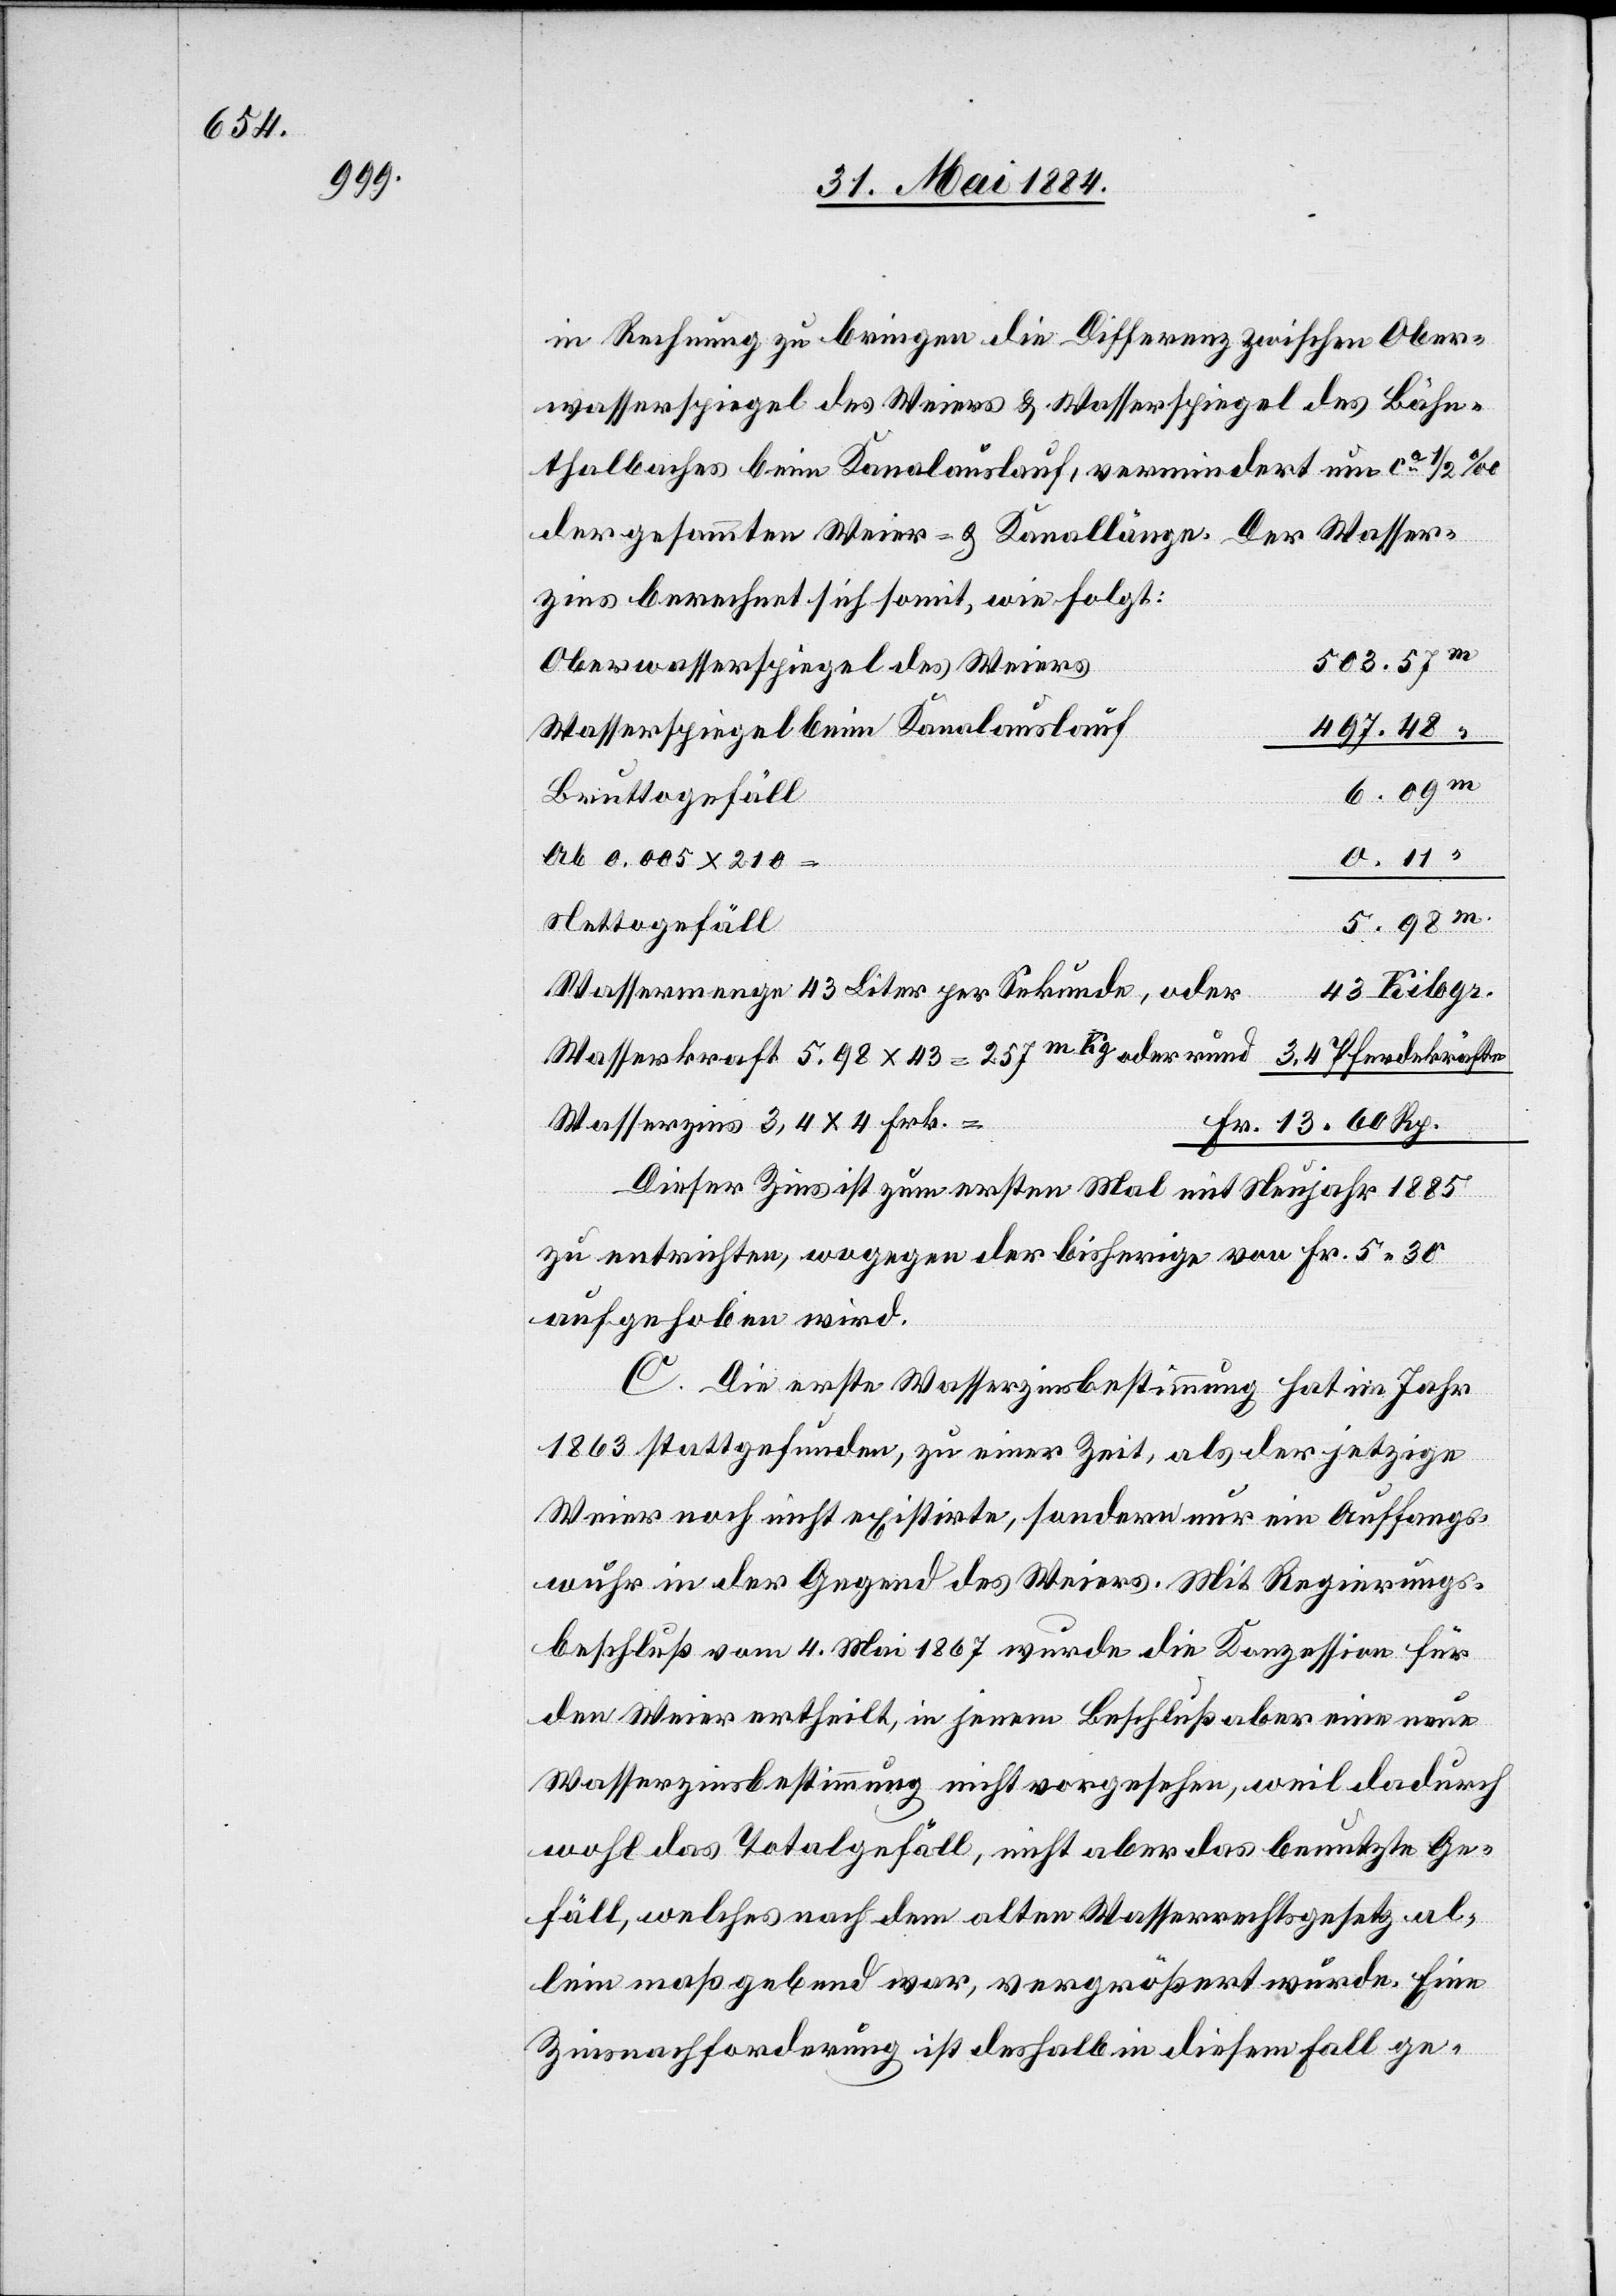
497.

in Rechnung zu bringen die Differenz zwischen Ober¬
wasserspiegel des Weiers & Wasserspiegel des Bähn¬
thalbaches beim Kanalauslauf, vermindert um ca 1/2‰
der gesammten Weier- & Kanallänge. Der Wasser¬
zins berechnet sich somit, wie folgt:
Oberwasserspiegel des Weiers
Wasserspiegel beim Kanalauslauf
Bruttogefäll
Ab 0.005 x 210
8.98 x
Nettogefäll
Fr.
Wassermenge 43 Liter per Sekunde, oder
Wasserzins 3,4 x 4 Frk.
Dieser Zins ist zum ersten Mal mit Neujahr 1885
zu entrichten, wogegen der bisherige von Fr. 5 30
aufgehoben wird.
C. Die erste Wasserzinsbestimmung hat im Jahr
1863 stattgefunden, zu einer Zeit, als der jetzige
Weier noch nicht existirte, sondern nur ein Auffangs¬
wuhr in der Gegend es Weiers. Mit Regierungs¬
beschluß vom 4. Mai 1867 wurde die Konzession für
den Weier ertheilt, in jenem Beschluß aber eine neue
Wasserzinsbestimmung nicht vorgesehen, weil dadurch
wohl das Totalgefäll, nicht aber das benutzte Ge¬
fäll, welches nach dem alten Wasserrechtsgesetz al¬
lein maßgebend war, vergrößert wurde. Eine
Zinsnachzahlung ist deshalb in diesem Fall ge-